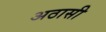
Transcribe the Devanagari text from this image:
अठासी